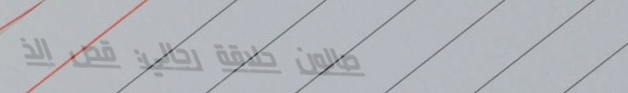
صالون حلاقة رجالي: قص الذ